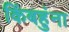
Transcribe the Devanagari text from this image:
किंबहुंना